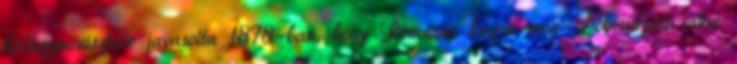
külügyminisztere javasolta 1878-ban, hogy Románia kapja meg Dobrudzsát, ahol